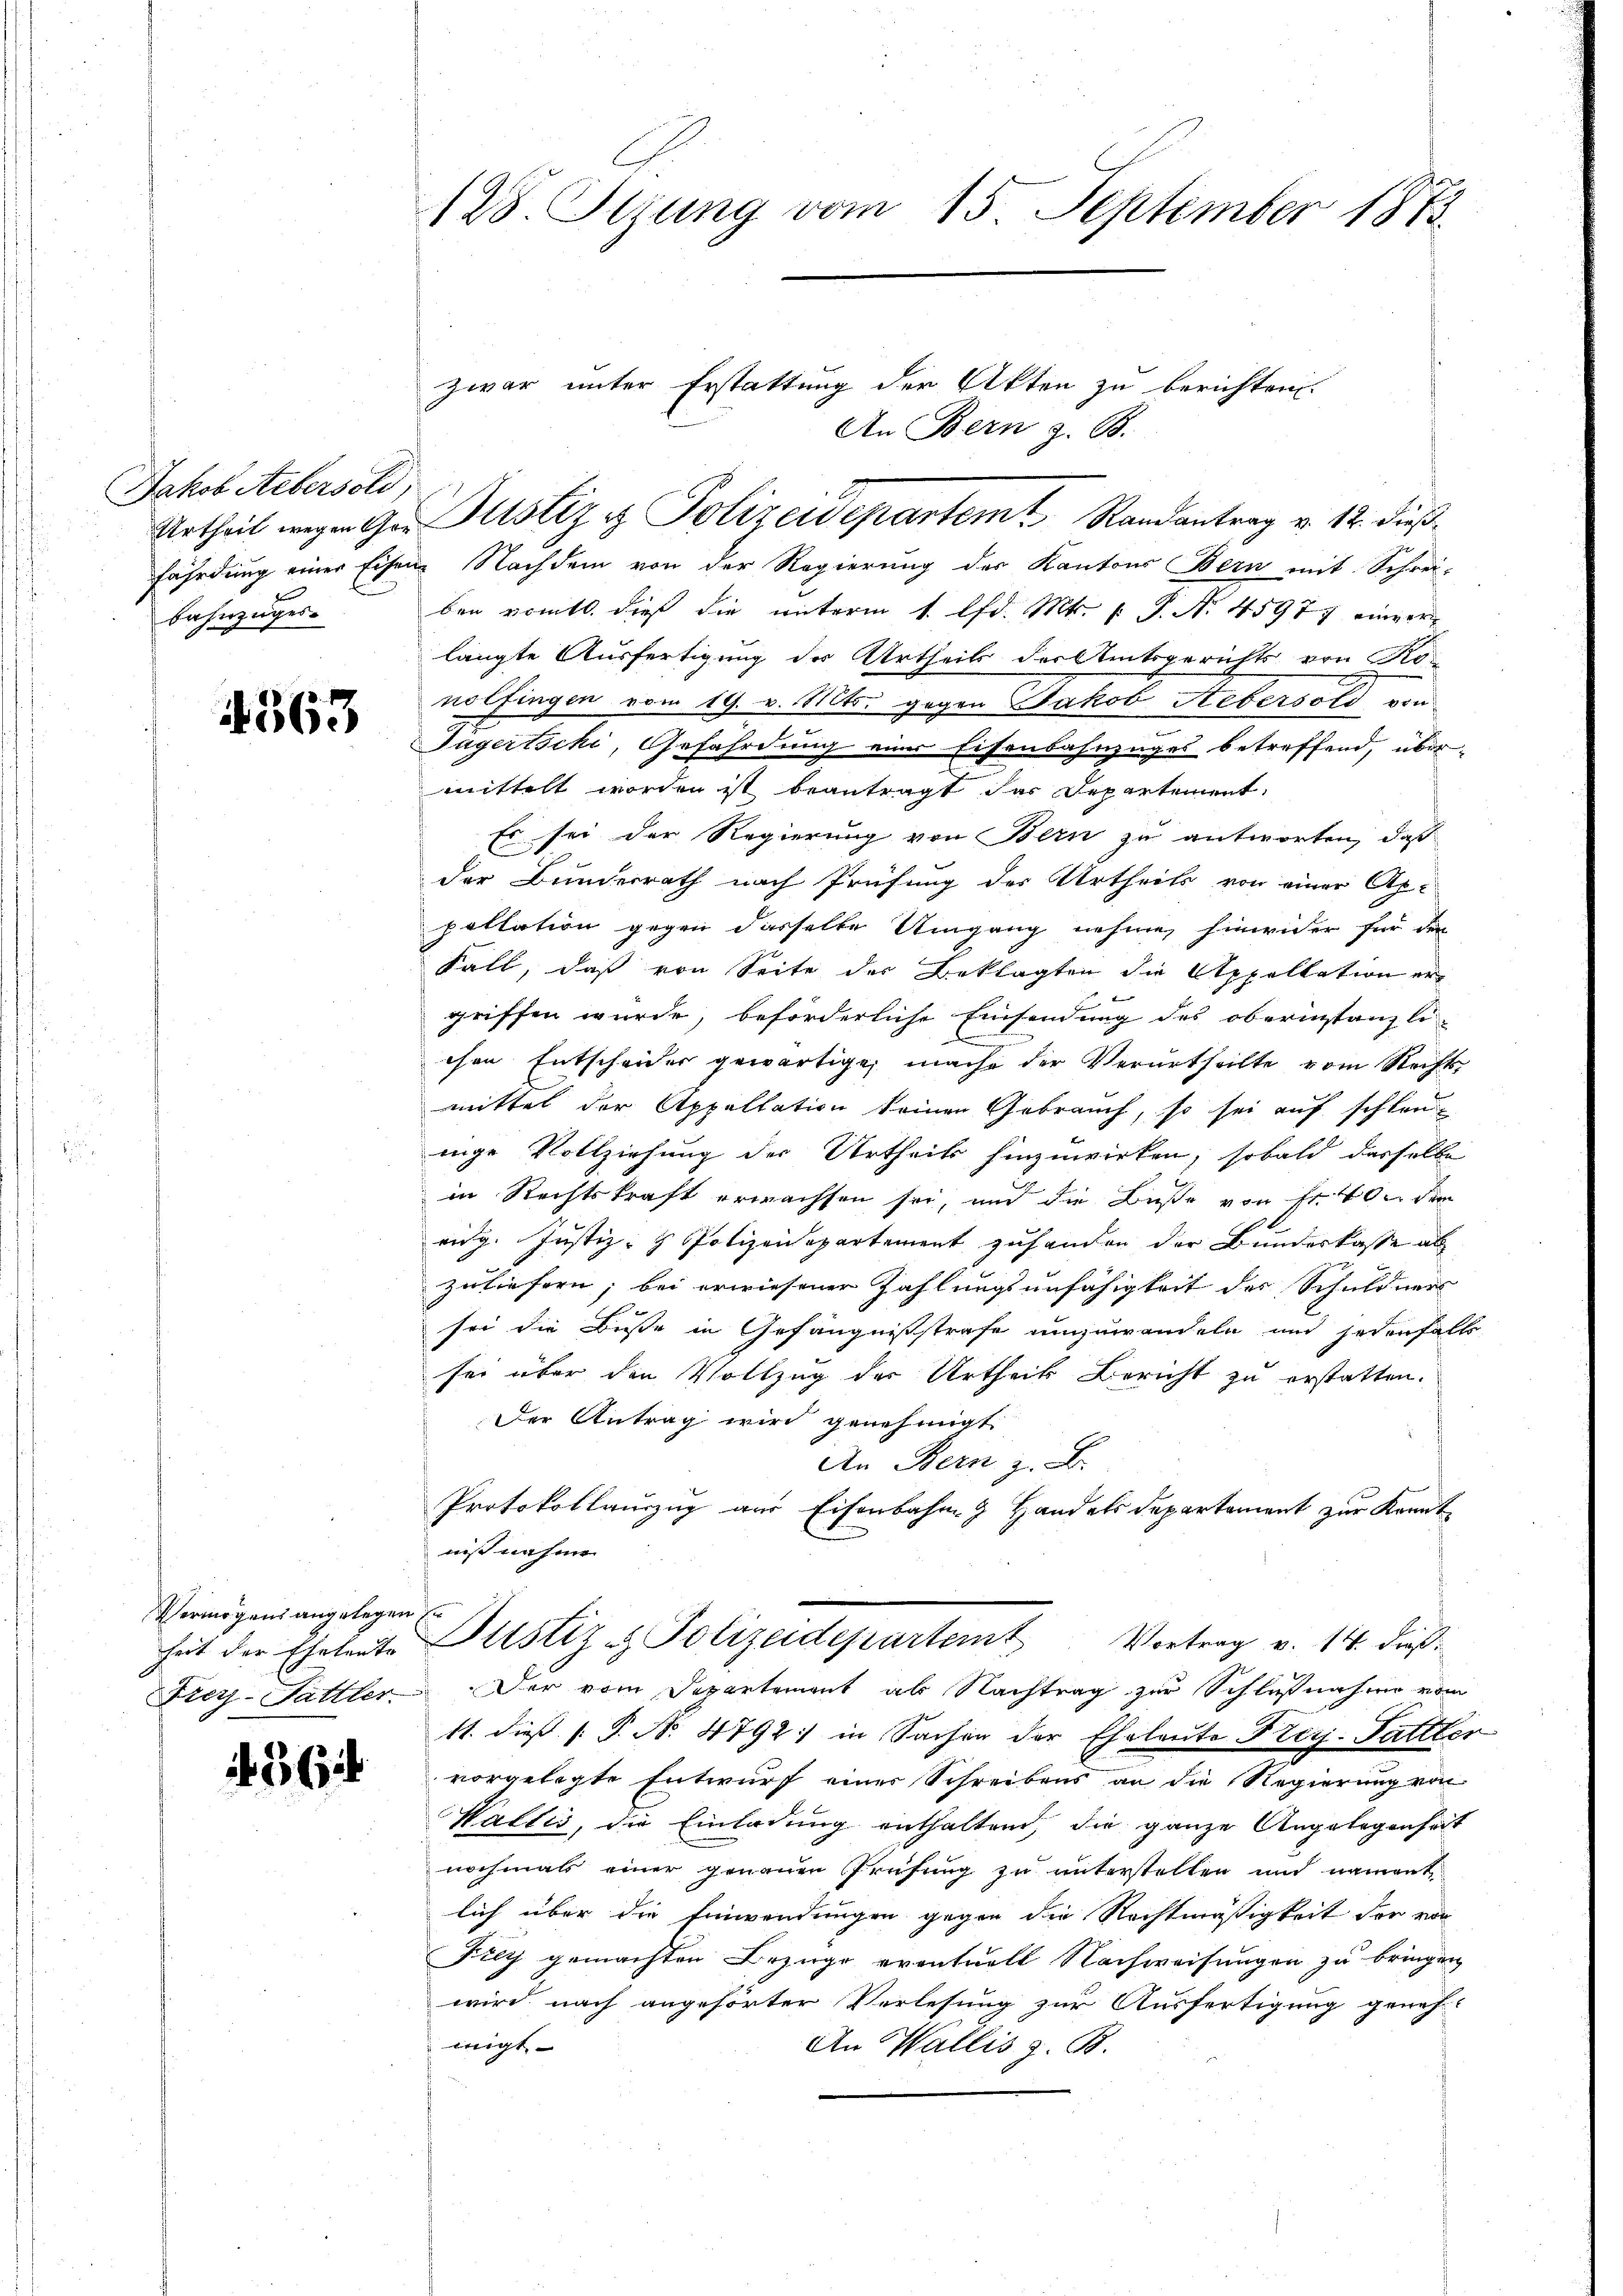
Jakob Aebersold
Bahnzuges.

1363

Vermögens angelegen

56

128. Jerung vom 15. September 1873.

fährdung einer Eisen Nachdem von der Regierung des Kantons Bern mit Schreiben romtl. dieß die unterm 1. lfd. Mt. P. P. N. 4597 einger
langte Ausfertigung des Urtheils der Amtsgerichts von Konolfingen vom 19. v. Mts. gegen Jakob Aebersold von
Sagertschi, Gefährdung einer Eisenbahnzuges betreffend, übermittelt worden ist beantragt dar Departement,
Es sei der Regierung von Bern zu antworten, daß
der Bunderrath nach Prüfung des Urtheils von einer Ap-
poltation gegen dasselbe Umgang nehme, hinwider für den
Fall, daß von Seite des Beklagten die Appellation er
griffen wurde, beförderliche Einsendung des oberinstanzli
.
chen Entscheider gewärtige, mache der Verurtheilte vom Rechts-
mittel der Appellation keinen Gebrauch, so sei auf schleunige Vollziehung der Urtheils hinzuwirken, sobald dasselbe
in Rechtskraft erwachsen sei, und die Buße von Fr. 400 dem
eidg. Justiz- & Polizeidepartement zu handen der Bundeskasse als
zuliefern; bei erwiesener Zahlungsunfähigkeit der Schuldners
sei die Busse in Gefängnißstrafe umzuwandeln und jedenfalls
sei über den Vollzug des Urtheils Bericht zu erstatten.
Der Antrag wird genehmigt
An Bern z. B.
Protokollauszug am Eisenbahng Handels Departement zur Kenntniß nahme
heit der Eheleute Justiz- & Polizeidepartemt Vortrag v. 14. dieβ
Frey-Sattler. Der vom Departement als Nachtrag zur Schlußnahme vom
11. dieß P. No 4792: in Sachen der Eheleute Frey-Sattler
vorgelegte Entwurf einer Schreibens an die Regierung von
Wallis, die Einladung enthaltend, die ganze Angelegenheit
nochmals einer genauen Prüfung zu unterstellen und nament
lich über die Einwendungen gegen die Rechtmäßigkeit der von
Frey gemachten Bezuge eventuell Nachweisungen zu bringen
wird nach angehörter Verlesung zur Ausfertigung geneh-
iigt
An Wallis z. B.

zwar unter Erstattung der Akten zu berichten.
An Bern z. B.
Urtheil wegen Ger. Sistiz & Polizeidepartem Randantrag v. 12. dieß¬